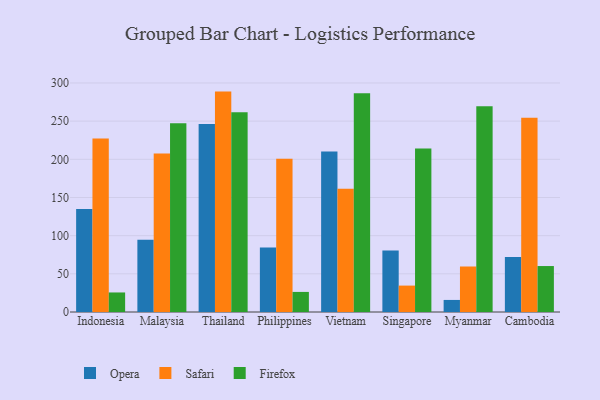
{"axis": {"x": "Country", "y": "Demand Index"}, "legend": ["Firefox", "Opera", "Safari"], "data": [{"x": "Indonesia", "y": 134.9, "type": "Opera"}, {"x": "Indonesia", "y": 227.2, "type": "Safari"}, {"x": "Indonesia", "y": 25.6, "type": "Firefox"}, {"x": "Malaysia", "y": 94.5, "type": "Opera"}, {"x": "Malaysia", "y": 207.5, "type": "Safari"}, {"x": "Malaysia", "y": 247.2, "type": "Firefox"}, {"x": "Thailand", "y": 246.3, "type": "Opera"}, {"x": "Thailand", "y": 288.7, "type": "Safari"}, {"x": "Thailand", "y": 261.6, "type": "Firefox"}, {"x": "Philippines", "y": 84.5, "type": "Opera"}, {"x": "Philippines", "y": 200.8, "type": "Safari"}, {"x": "Philippines", "y": 26.3, "type": "Firefox"}, {"x": "Vietnam", "y": 210.4, "type": "Opera"}, {"x": "Vietnam", "y": 161.6, "type": "Safari"}, {"x": "Vietnam", "y": 286.6, "type": "Firefox"}, {"x": "Singapore", "y": 80.5, "type": "Opera"}, {"x": "Singapore", "y": 34.6, "type": "Safari"}, {"x": "Singapore", "y": 214.3, "type": "Firefox"}, {"x": "Myanmar", "y": 15.8, "type": "Opera"}, {"x": "Myanmar", "y": 59.6, "type": "Safari"}, {"x": "Myanmar", "y": 269.6, "type": "Firefox"}, {"x": "Cambodia", "y": 72.1, "type": "Opera"}, {"x": "Cambodia", "y": 254.6, "type": "Safari"}, {"x": "Cambodia", "y": 60.2, "type": "Firefox"}]}